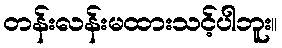
တန်းလန်းမထားသင့်ပါဘူး။